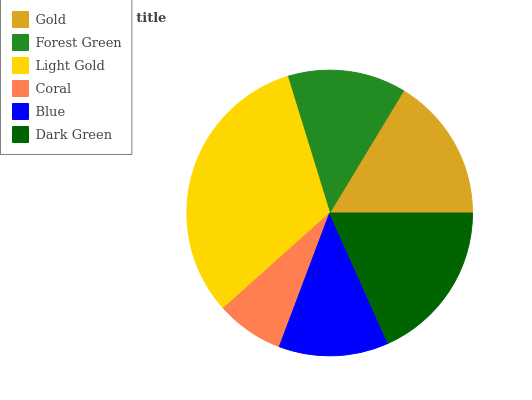
| Gold | Forest Green | Light Gold | Coral | Blue | Dark Green |
 | --- | --- | --- | --- | --- | --- |
 | 16.4% | 13.4% | 31.8% | 7.64% | 12.4% | 18.3% |